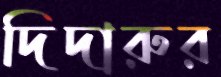
দিদারুর